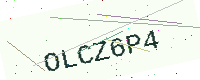
Text: OLCZ6P4